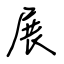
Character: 展